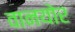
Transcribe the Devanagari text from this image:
वानयोर